Vabadussoja_Ajaloo_Komitee, lk 59
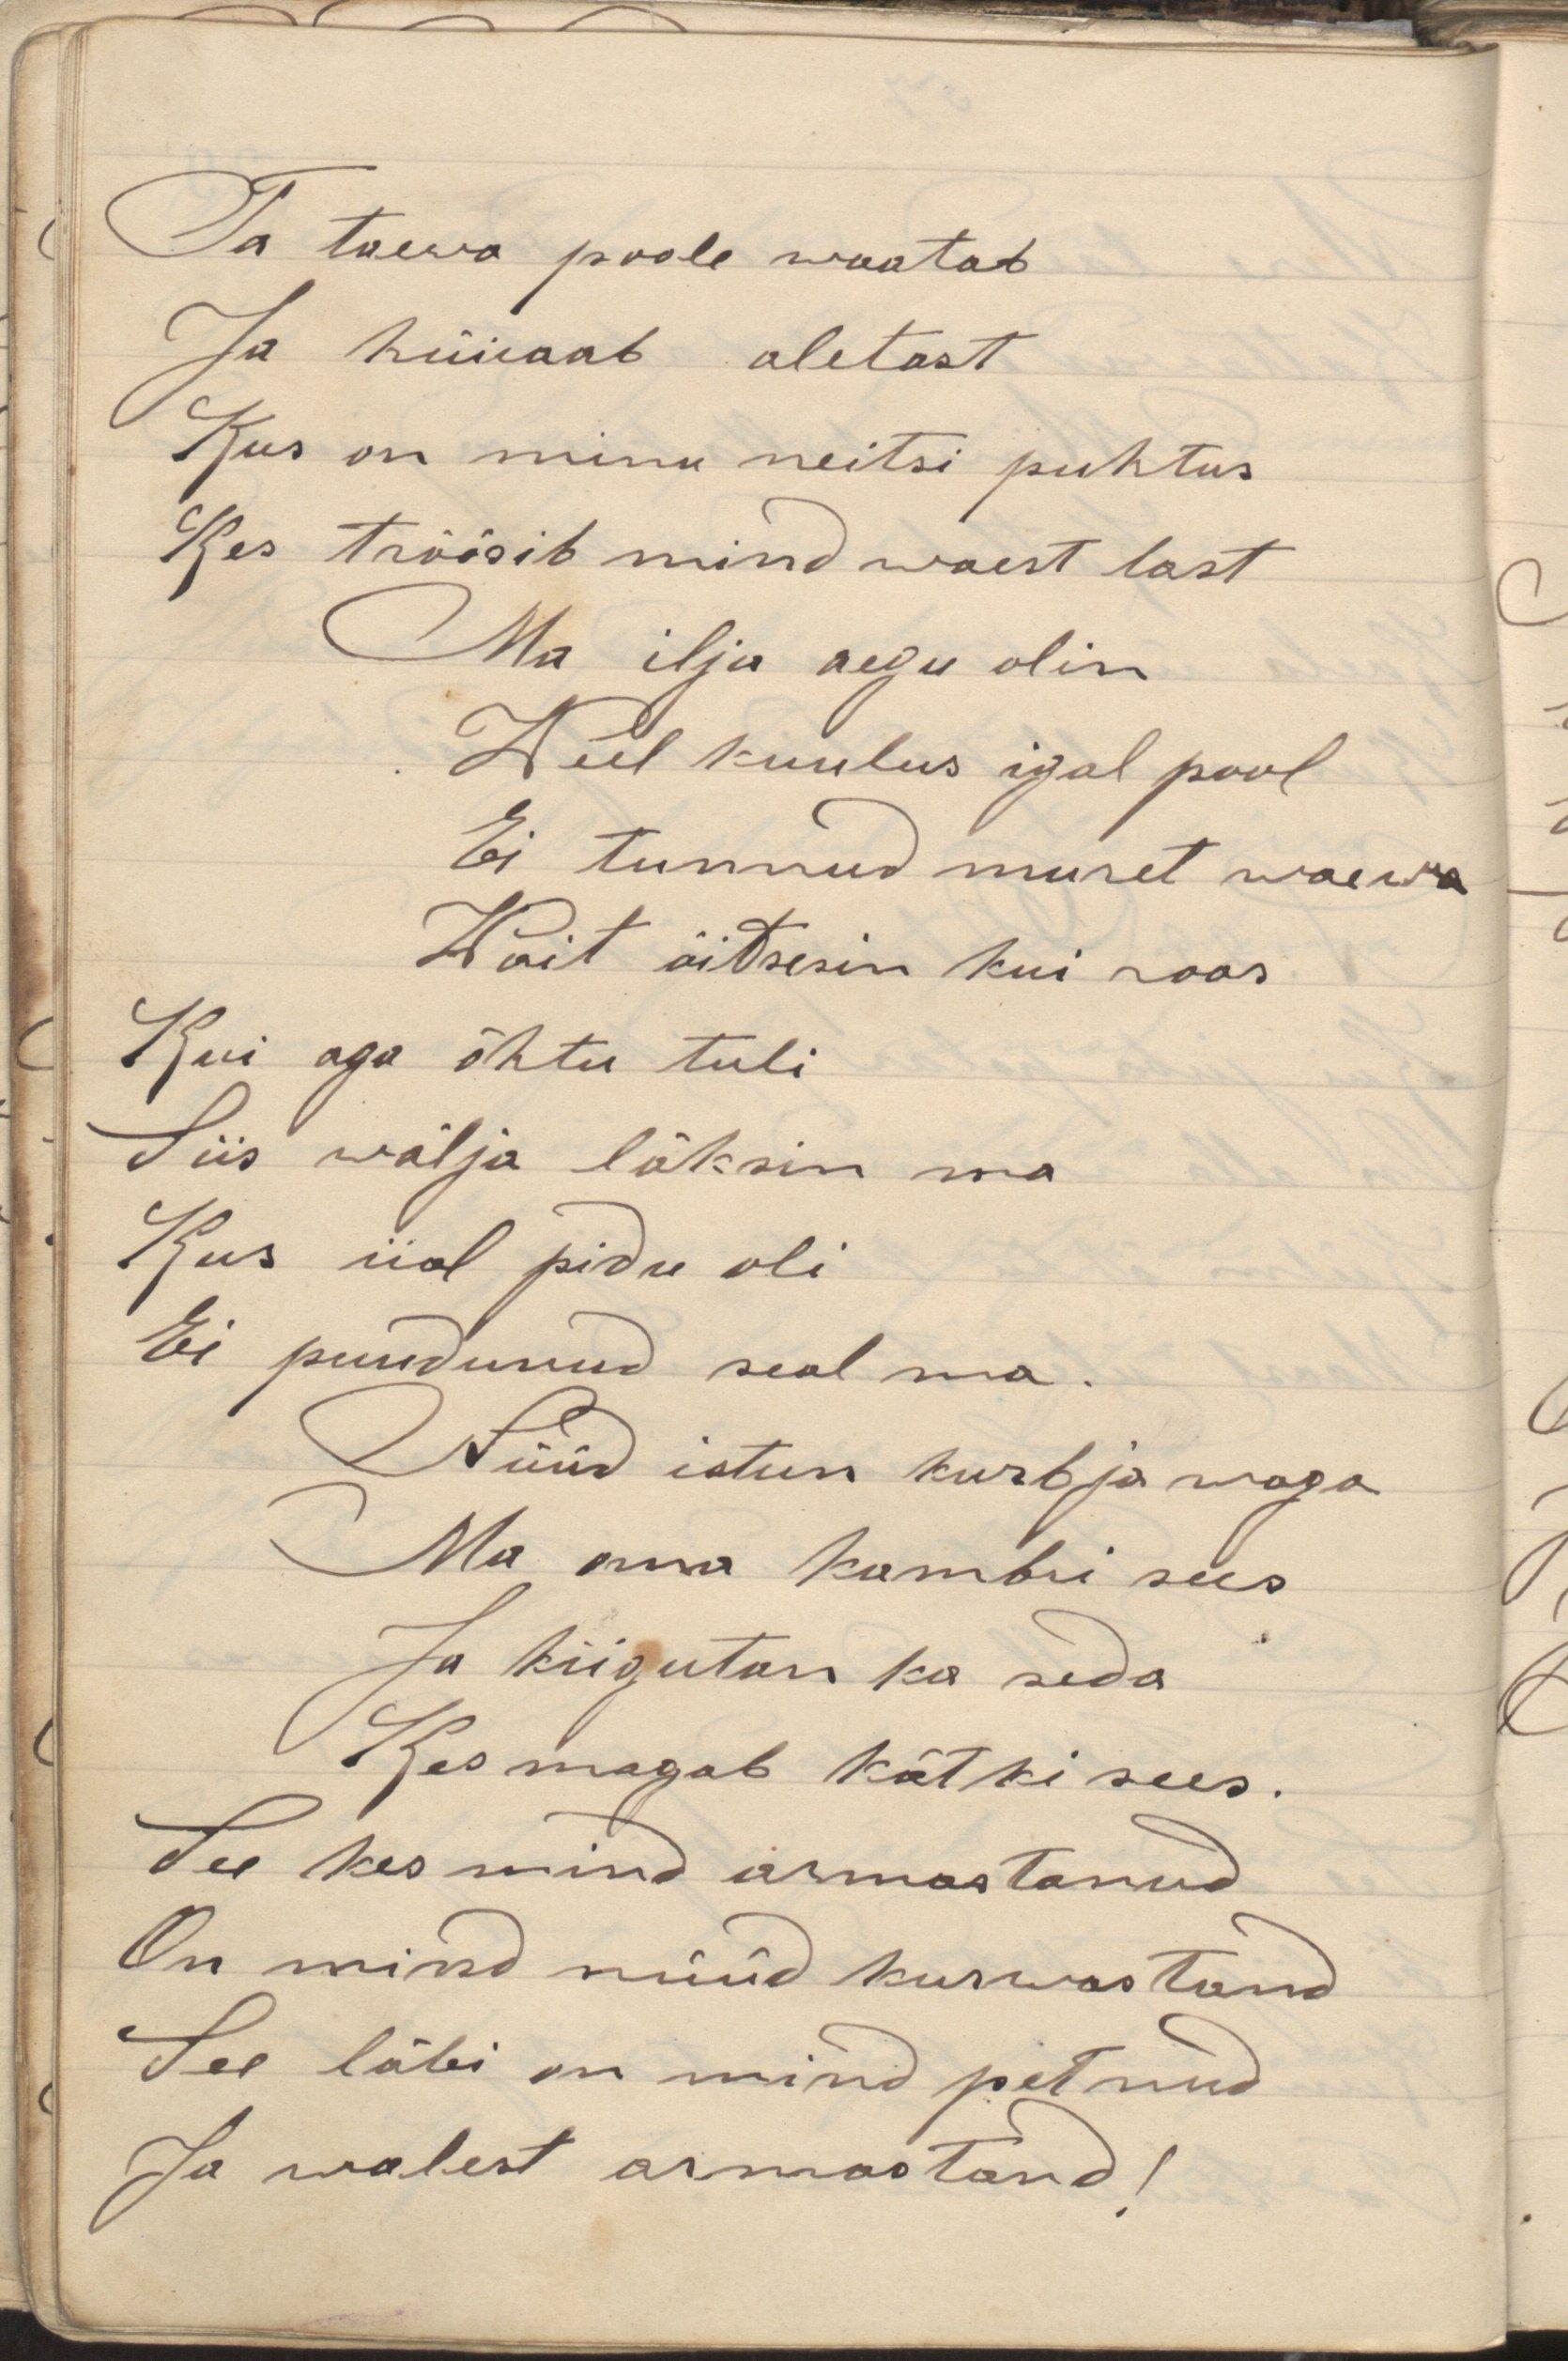
Ta taewa poole waatabJa hüiab aletastKus on minu neitsi puhtusKes tröösib mind waest lastMa ilja aegu olinWeel kuulus igal poolEi tunnud muret waewaWait õitsesin kui roosKui aga õhtu tuliSiis wälja läksin ma Kus iial pidu oliEi puudnud seal ma.Nüüd istun kurbja wagaMa oma kambri seesJa kiigutan ka sedaKes magab kätki sees.See kes mind armastanudOn mind nüüd kurwastandSee läbi on mind petnudJa walest armastand!